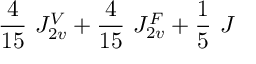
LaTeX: \frac { 4 } { 1 5 } ~ { \cal J } _ { 2 v } ^ { V } + \frac { 4 } { 1 5 } ~ { \cal J } _ { 2 v } ^ { F } + { \frac { 1 } { 5 } } ~ { \cal J }